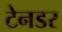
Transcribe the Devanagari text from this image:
टेनडर